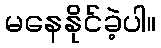
မနေနိုင်ခဲ့ပါ။